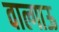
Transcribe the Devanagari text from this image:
वाल्गाऊ